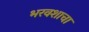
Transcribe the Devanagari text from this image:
भरवशाचा